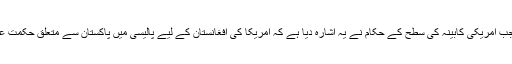
یہ پہلی مرتبہ ہے جب امریکی کابینہ کی سطح کے حکام نے یہ اشارہ دیا ہے کہ امریکا کی افغانستان کے لیے پالیسی میں پاکستان سے متعلق حکمت عملی بھی شامل ہے۔